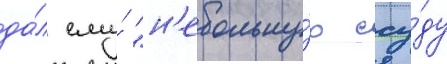
да́л ему́ "н'ебольшу́ю ссу́ду